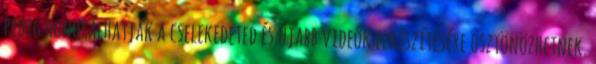
pedig honorálhatják a cselekedeted és újabb videók elkészítésére ösztönözhetnek.